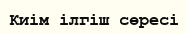
Киім ілгіш сөресі